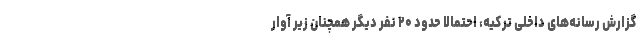
گزارش رسانه‌های داخلی ترکیه، احتمالا حدود ۲۰ نفر دیگر همچنان زیر آوار